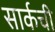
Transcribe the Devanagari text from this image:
सार्कची